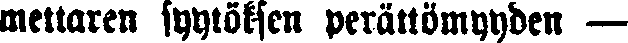
mettaren syytöksen perättömyyden —